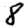
Digit: 8